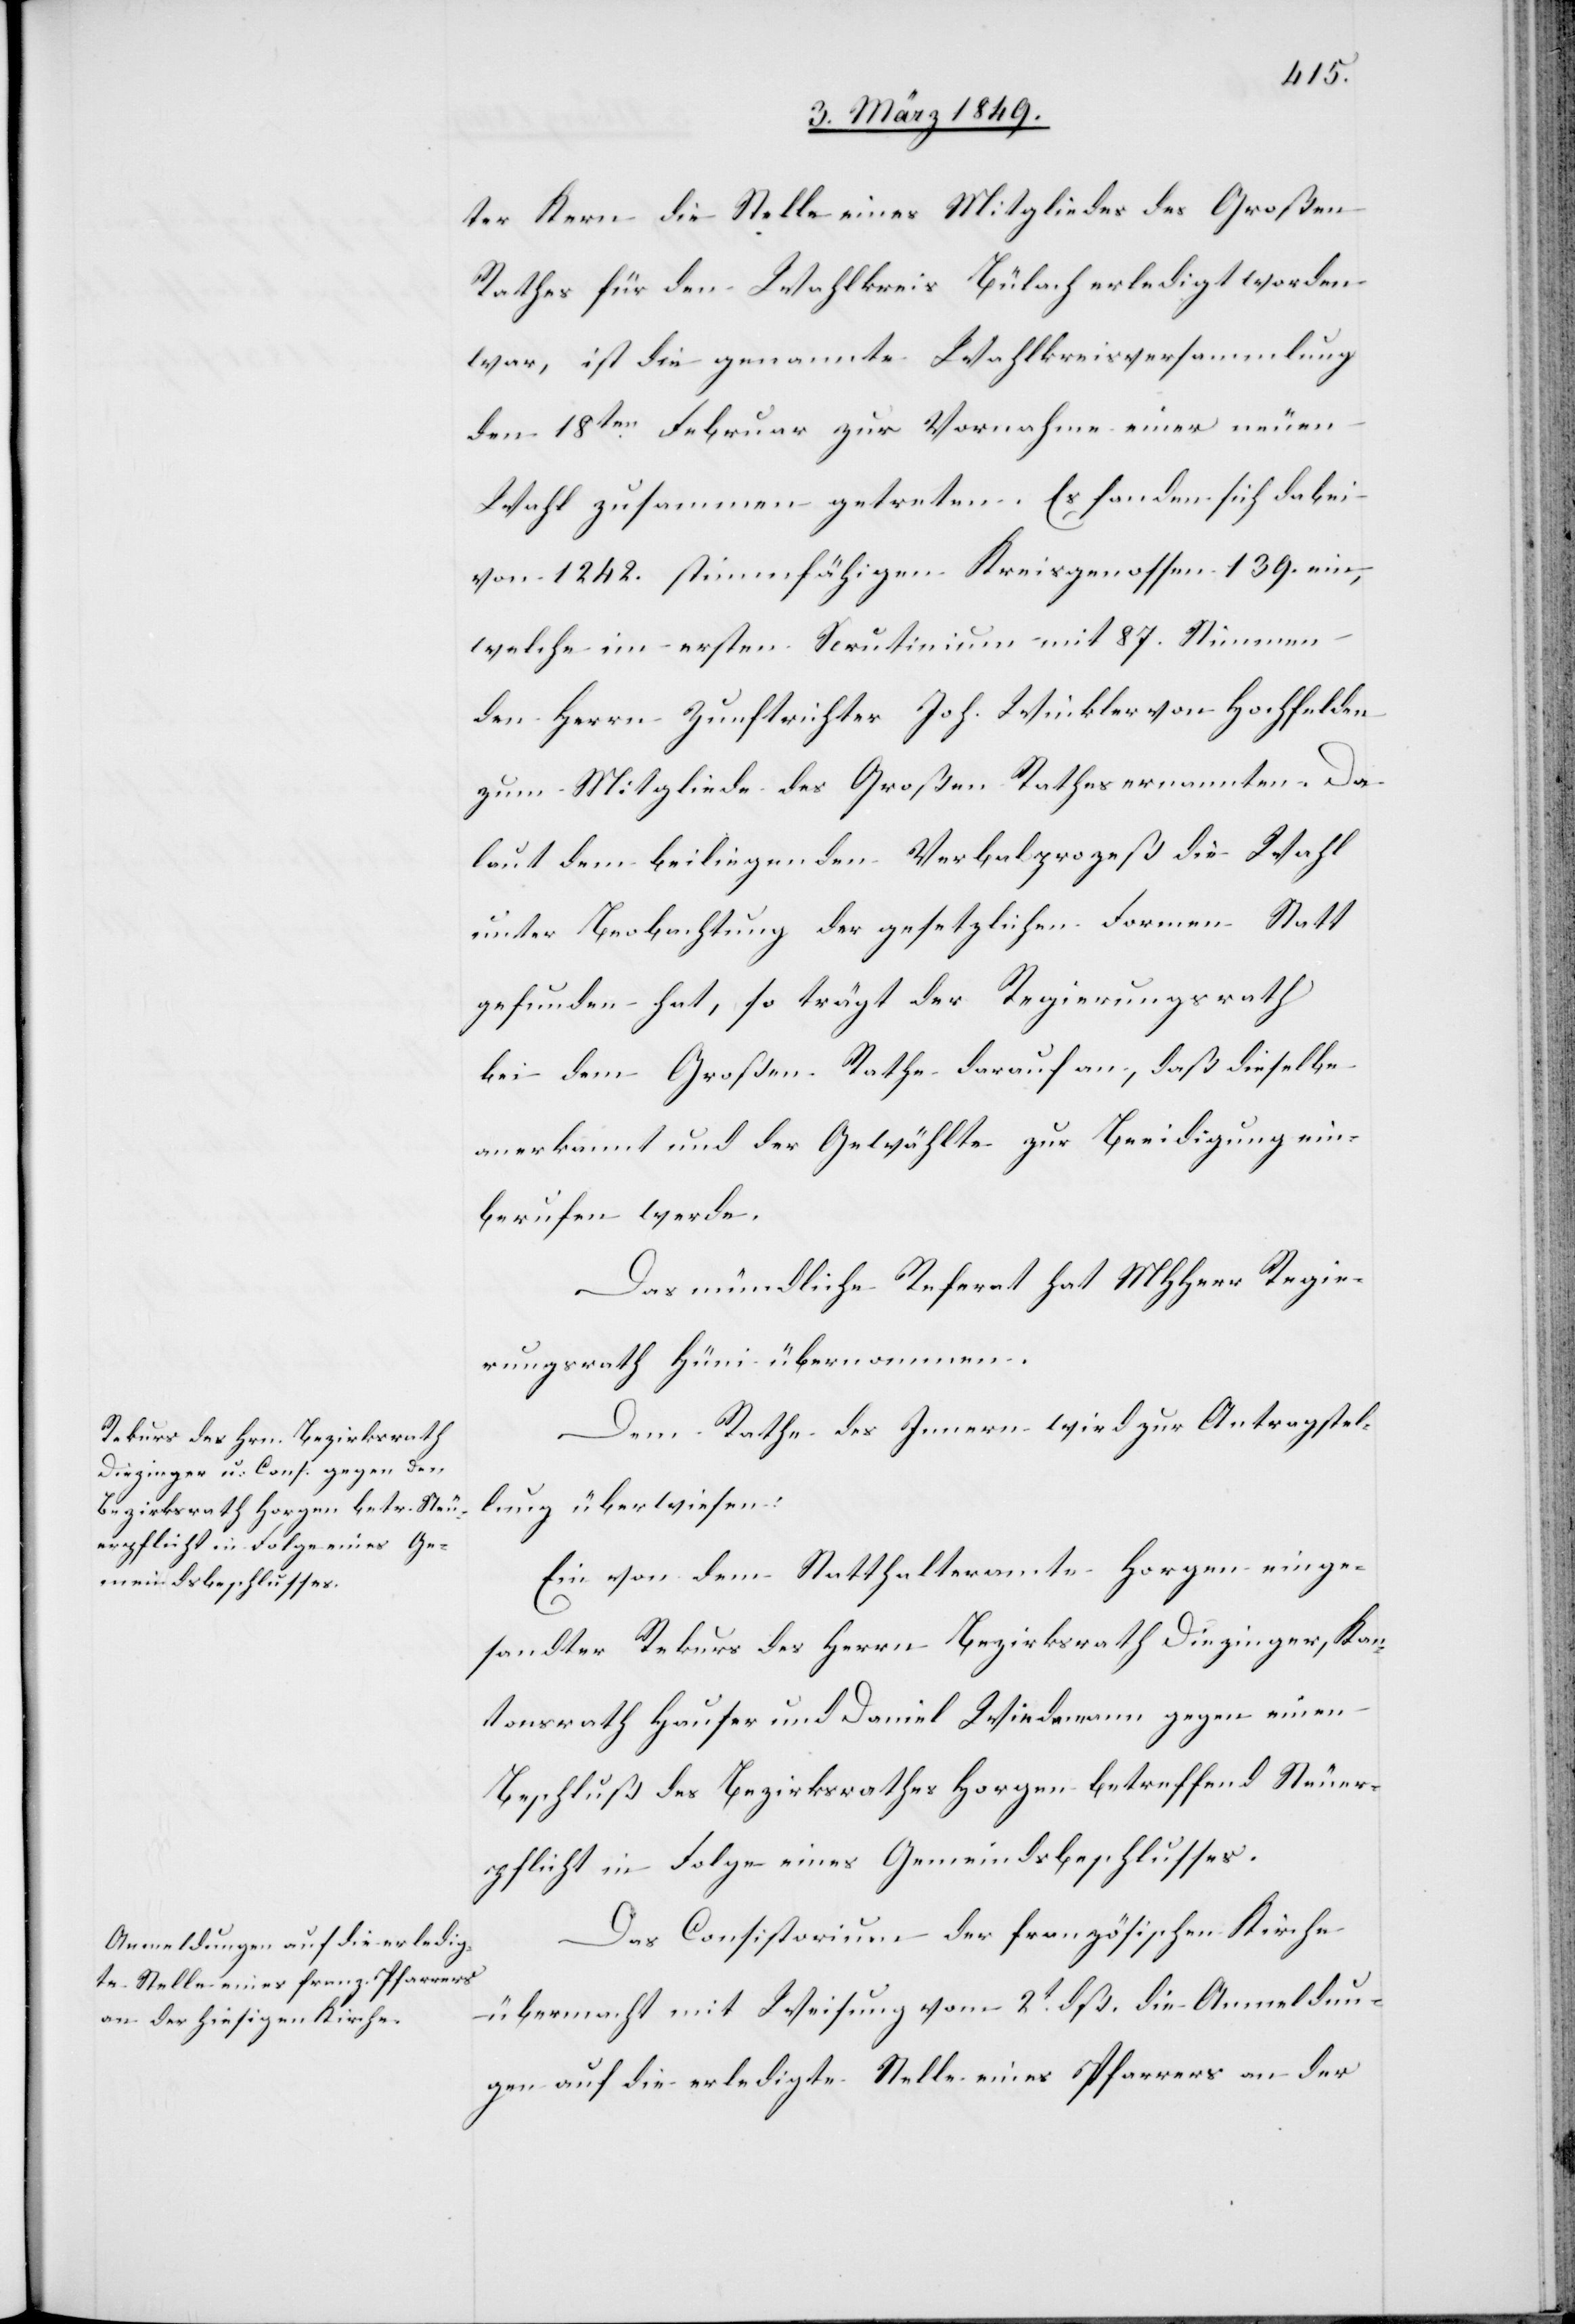
ter Kern die Stelle eines Mitgliedes des Großen
Rathes für den Wahlkreis Bülach erledigt worden
war, ist die genannte Wahlkreisversammlung
den 18ten. Februar zur Vornahme einer neuen
Wahl zusammen getreten. Es fanden sich dabei
von 1242. stimmfähigen Kreisgenossen 139. ein,
welche im ersten Scrutinium mit 87. Stimmen
den Herrn Zunftrichter Joh. Winkler von Hochfelden
zum Mitgliede des Großen Rathes ernannten. Da
laut dem beiliegenden Verbalprozeß die Wahl
unter Beobachtung der gesetzlichen Formen Statt
gefunden hat, so trägt der Regierungsrath
bei dem Großen Rathe darauf an, daß dieselbe
anerkannt und der Gewählte zur Beeidigung ein¬
berufen werde.
Das mündliche Referat hat MHHerr Regie¬
rungsrath Hüni übernommen.
Dem Rathe des Innern wird zur Antragstel¬
lung überwiesen:
Ein von dem Statthalteramte Horgen einge¬
sandter Rekurs des Herrn Bezirksrath Diezinger, Kan¬
tonsrath Hauser und Daniel Wiedemann gegen einen
Beschluß des Bezirksrathes Horgen betreffend Steuer¬
pflicht in Folge eines Gemeindsbeschlusses.
Das Consistorium der französischen Kirche
übermacht mit Weisung vom 2t. dß. die Anmeldun¬
gen auf die erledigte Stelle eines Pfarrers an der